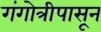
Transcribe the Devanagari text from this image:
गंगोत्रीपासून